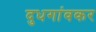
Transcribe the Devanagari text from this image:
दुधगांवकर